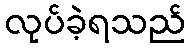
လုပ်ခဲ့ရသည်